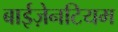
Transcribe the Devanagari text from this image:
बाईज़ेनटियम